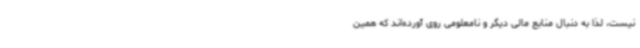
نیست، لذا به دنبال منابع مالی دیگر و نامعلومی روی آورده‌اند که همین